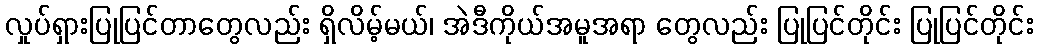
လှုပ်ရှားပြုပြင်တာတွေလည်း ရှိလိမ့်မယ်၊ အဲဒီကိုယ်အမူအရာ တွေလည်း ပြုပြင်တိုင်း ပြုပြင်တိုင်း